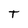
Character: T